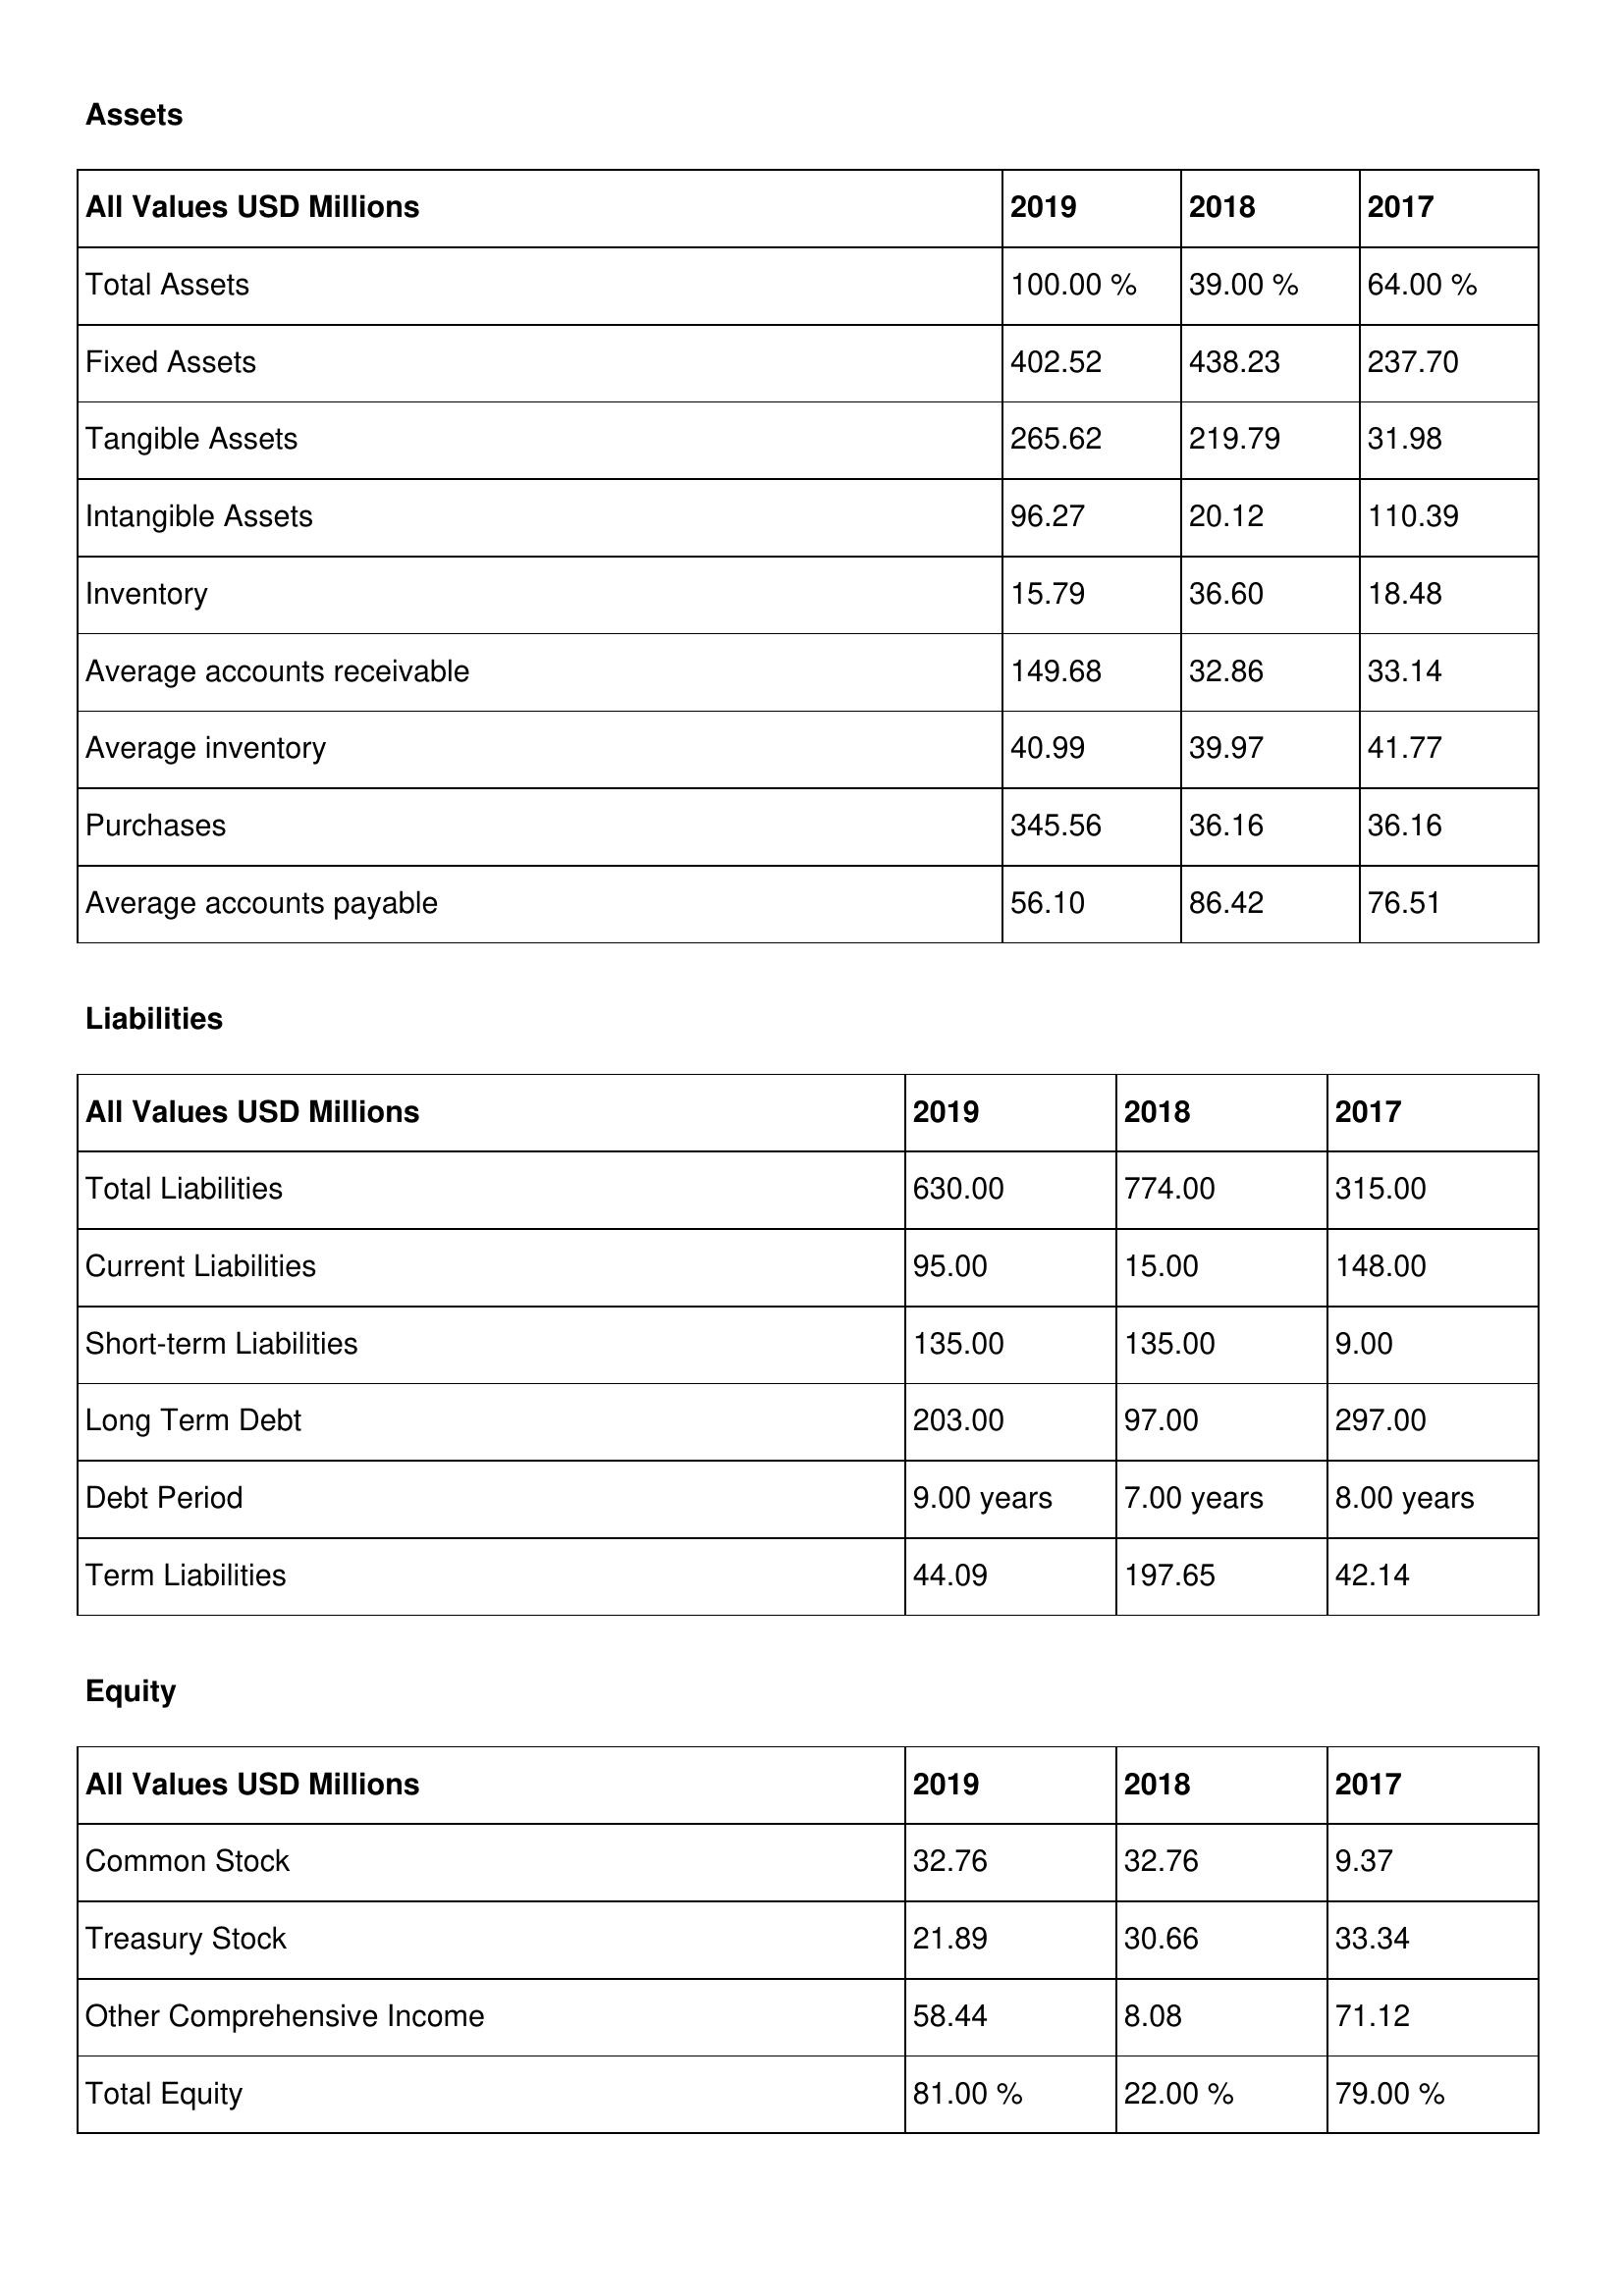
gt_parse: 2019: Assets: Total Assets: 100.00 %
Fixed Assets: 402.52
Tangible Assets: 265.62
Intangible Assets: 96.27
Inventory: 15.79
Average accounts receivable: 149.68
Average inventory: 40.99
Purchases: 345.56
Average accounts payable: 56.10
Liabilities: Total Liabilities: 630.00
Current Liabilities: 95.00
Short-term Liabilities: 135.00
Long Term Debt: 203.00
Debt Period: 9.00 years
Term Liabilities: 44.09
Equity: Common Stock: 32.76
Treasury Stock: 21.89
Other Comprehensive Income: 58.44
Total Equity: 81.00 %
2018: Assets: Total Assets: 39.00 %
Fixed Assets: 438.23
Tangible Assets: 219.79
Intangible Assets: 20.12
Inventory: 36.60
Average accounts receivable: 32.86
Average inventory: 39.97
Purchases: 36.16
Average accounts payable: 86.42
Liabilities: Total Liabilities: 774.00
Current Liabilities: 15.00
Short-term Liabilities: 135.00
Long Term Debt: 97.00
Debt Period: 7.00 years
Term Liabilities: 197.65
Equity: Common Stock: 32.76
Treasury Stock: 30.66
Other Comprehensive Income: 8.08
Total Equity: 22.00 %
2017: Assets: Total Assets: 64.00 %
Fixed Assets: 237.70
Tangible Assets: 31.98
Intangible Assets: 110.39
Inventory: 18.48
Average accounts receivable: 33.14
Average inventory: 41.77
Purchases: 36.16
Average accounts payable: 76.51
Liabilities: Total Liabilities: 315.00
Current Liabilities: 148.00
Short-term Liabilities: 9.00
Long Term Debt: 297.00
Debt Period: 8.00 years
Term Liabilities: 42.14
Equity: Common Stock: 9.37
Treasury Stock: 33.34
Other Comprehensive Income: 71.12
Total Equity: 79.00 %